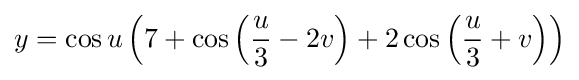
y=\cos u\left(7+\cos \left({u \over 3}-2v\right)+2\cos \left({u \over 3}+v\right)\right)